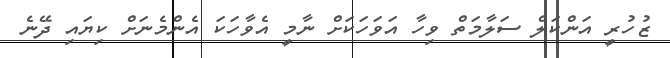
ޒުހުރީ އަންކަލް ސަލާމަތް ވިހާ އަވަހަކަށް ނާމީ އެވާހަކަ އެންމެނަށް ކިޔައި ދޭނެ